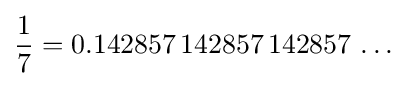
{\frac {1}{7}}=0.142857\,142857\,142857\,\ldots